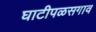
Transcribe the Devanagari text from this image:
घाटीपळसगाव